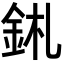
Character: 𨥼